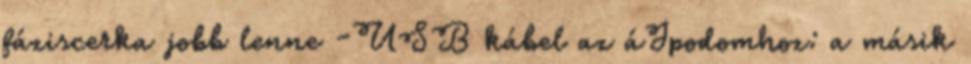
fáziscerka jobb lenne -USB kábel az áJpodomhoz: a másik